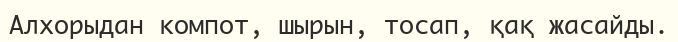
Алхорыдан компот, шырын, тосап, қақ жасайды.